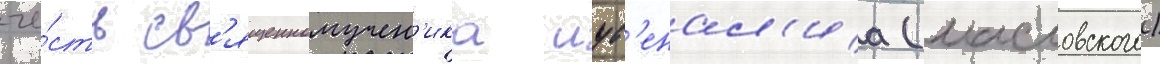
че́сть св'ященномучен'ика иув'енал'иа (масловского)